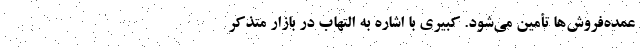
عمده‌فروش‌ها تأمین می‌شود. کبیری با اشاره به التهاب در بازار متذکر